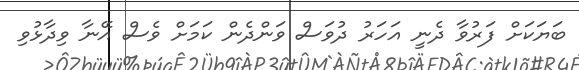
ބަޔަކަށް ފަރުވާ ދެނީ އަހަރު ދުވަސް ވަންދެން ކަމަށް ވެސް އޭނާ ވިދާޅުވި